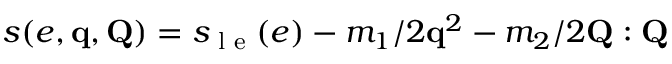
s ( e , \mathbf q , \mathbf Q ) = s _ { \textrm { l e } } ( e ) - m _ { 1 } / 2 \mathbf q ^ { 2 } - m _ { 2 } / 2 \mathbf Q : \mathbf Q